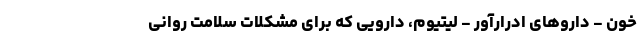
خون - داروهای ادرارآور - لیتیوم، دارویی که برای مشکلات سلامت روانی